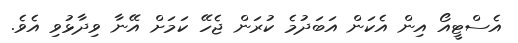
އެސްޓީއޯ އިން އެކަން އަބަދުމެ ކުރަން ޖެހޭ ކަމަށް އޭނާ ވިދާޅުވި އެވެ.